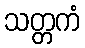
သတ္တကံ